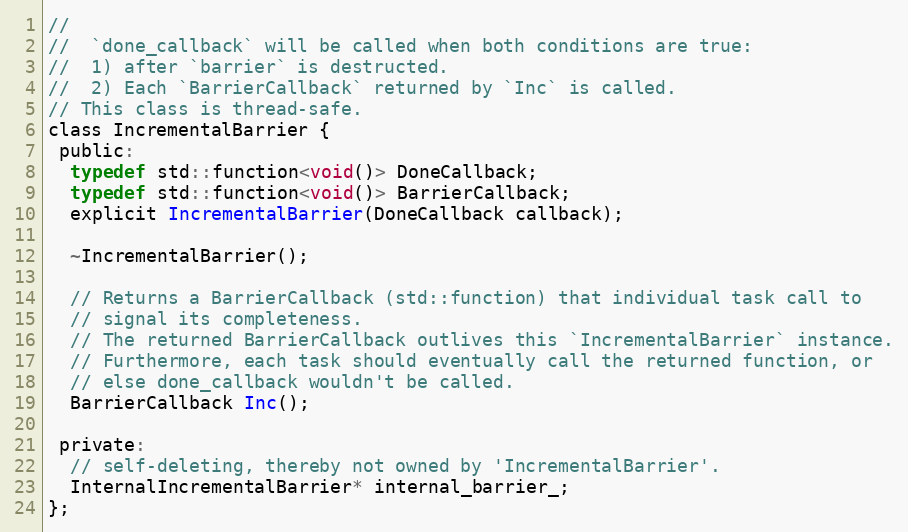
Language: C
//
//  `done_callback` will be called when both conditions are true:
//  1) after `barrier` is destructed.
//  2) Each `BarrierCallback` returned by `Inc` is called.
// This class is thread-safe.
class IncrementalBarrier {
 public:
  typedef std::function<void()> DoneCallback;
  typedef std::function<void()> BarrierCallback;
  explicit IncrementalBarrier(DoneCallback callback);

  ~IncrementalBarrier();

  // Returns a BarrierCallback (std::function) that individual task call to
  // signal its completeness.
  // The returned BarrierCallback outlives this `IncrementalBarrier` instance.
  // Furthermore, each task should eventually call the returned function, or
  // else done_callback wouldn't be called.
  BarrierCallback Inc();

 private:
  // self-deleting, thereby not owned by 'IncrementalBarrier'.
  InternalIncrementalBarrier* internal_barrier_;
};